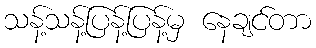
သန့်သန့်ပြန့်ပြန့်မှ နေချင်တာ